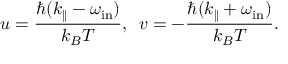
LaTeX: u = \frac { \hbar ( k _ { \| } - \omega _ { \mathrm { i n } } ) } { k _ { B } T } , \, \, \, v = - \frac { \hbar ( k _ { \| } + \omega _ { \mathrm { i n } } ) } { k _ { B } T } .